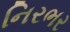
નિરભર